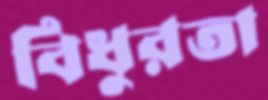
বিধুরতা